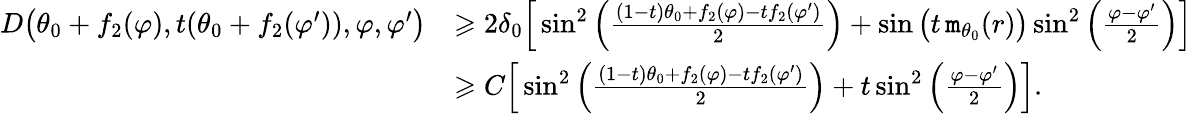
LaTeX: \begin{array}{rl}{D\big(\theta_{0}+f_{2}(\varphi),t(\theta_{0}+f_{2}(\varphi^{\prime})),\varphi,\varphi^{\prime}\big)}&{\geqslant 2\delta_{0}\Big[\sin^{2}\left(\frac{(1-t)\theta_{0}+f_{2}(\varphi)-tf_{2}(\varphi^{\prime})}{2}\right)+\sin\big(t\, \mathtt{m}_{\theta_{0}}(r)\big)\sin^{2}\left(\frac{\varphi-\varphi^{\prime}}{2}\right)\Big]}\\ &{\geqslant C\Big[\sin^{2}\left(\frac{(1-t)\theta_{0}+f_{2}(\varphi)-tf_{2}(\varphi^{\prime})}{2}\right)+t\sin^{2}\left(\frac{\varphi-\varphi^{\prime}}{2}\right)\Big].}\end{array}